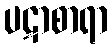
ပဋာစာရာ